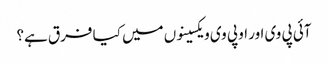
آئی پی وی اور او پی وی ویکسینوں میں کیا فرق ہے؟